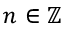
n \in \mathbb { Z }